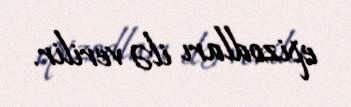
epizodları ilə verilir.